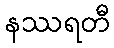
နဿရတီ